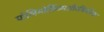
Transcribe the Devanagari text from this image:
पोलिमोर्फ़िज्मऔरजिनेरिक